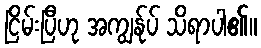
ငြိမ်းပြီဟု အကျွန်ုပ် သိရာပါ၏။